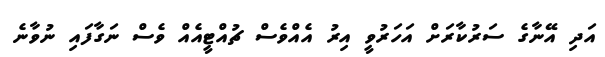
އަދި އޭނާގެ ސަރުކާރަށް އަހަރުވީ އިރު އެއްވެސް ޗުއްޓީއެއް ވެސް ނަގާފައި ނުވާނެ